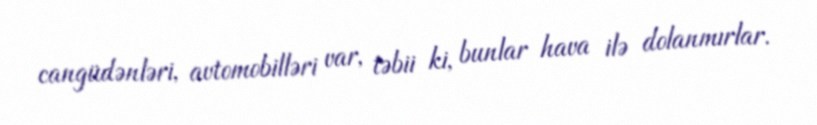
cangüdənləri, avtomobilləri var, təbii ki, bunlar hava ilə dolanmırlar.